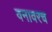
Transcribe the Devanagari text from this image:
वनावरच